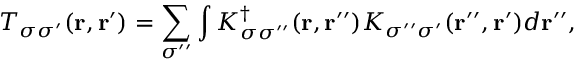
{ \displaystyle T _ { \sigma \sigma ^ { \prime } } ( { \bf r , r ^ { \prime } } ) = \sum _ { \sigma ^ { \prime \prime } } \int K _ { \sigma \sigma ^ { \prime \prime } } ^ { \dagger } ( { \bf r } , { \bf r ^ { \prime \prime } } ) K _ { \sigma ^ { \prime \prime } \sigma ^ { \prime } } ( { \bf r ^ { \prime \prime } } , { \bf r ^ { \prime } } ) d { \bf r ^ { \prime \prime } } } ,